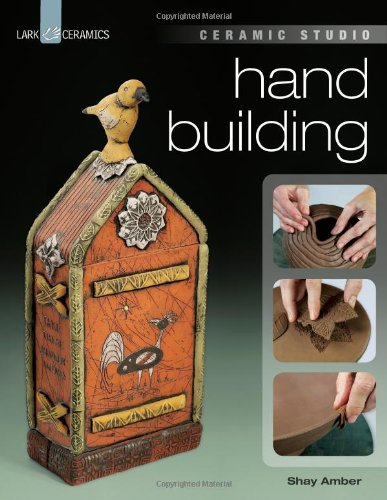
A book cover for Ceramic Studio: Hand Building; Shay Amber; Crafts, Hobbies & Home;